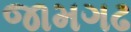
જામગઢ